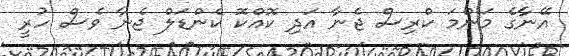
އޭނާގެ މަންމަ ކްރިސް ޖެނާ އަދި ކޮއްކޮ ކެންޑަލް ޖެނާ ވެސް ހުރީ